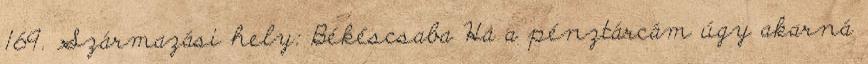
169. Származási hely: Békéscsaba Ha a pénztárcám úgy akarná